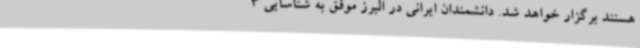
هستند برگزار خواهد شد. دانشمندان ایرانی در البرز موفق به شناسایی 3